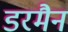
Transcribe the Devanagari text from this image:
डरमैन